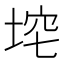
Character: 𪣞